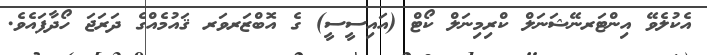
އެކުލެވޭ އިންޓަރނޭޝަނަލް ކްރިމިނަލް ކޯޓް (އައިސީސީ) ގެ އޮބްޒަރވަރ ޤައުމެއްގެ ދަރަޖަ ހޯދާފައެވެ.